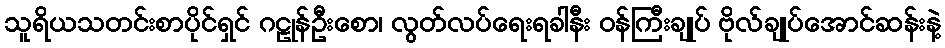
သူရိယသတင်းစာပိုင်ရှင် ဂဠုန်ဦးစော၊ လွတ်လပ်ရေးရခါနီး ဝန်ကြီးချုပ် ဗိုလ်ချုပ်အောင်ဆန်းနဲ့